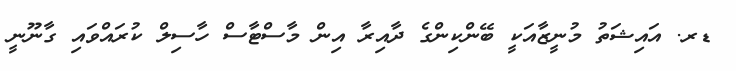
ޑރ. އައިޝަތު މުނީޒާއަކީ ބޭންކިންގެ ދާއިރާ އިން މާސްޓާސް ހާސިލް ކުރައްވައި ގާނޫނީ